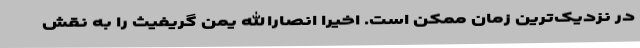
در نزدیک‌ترین زمان ممکن است. اخیرا انصارالله یمن گریفیث را به نقش